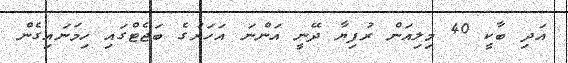
އަދި ބާކީ 40 މިލިއަން ރުފިޔާ ދޭނީ އަންނަ އަހަރުގެ ބަޖެޓްގައި ހިމަނައިގެން